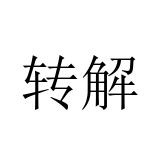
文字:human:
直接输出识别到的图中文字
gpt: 转解